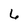
Character: 6